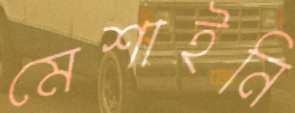
মেশাইনি